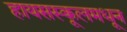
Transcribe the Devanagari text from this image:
हायसस्कूलमधून